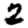
Digit: 2